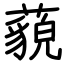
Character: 藐